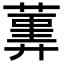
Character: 𦻠